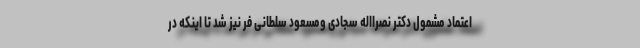
اعتماد مشمول دکتر نصرااله سجادی ومسعود سلطانی فر نیز شد تا اینکه در